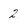
Character: 2